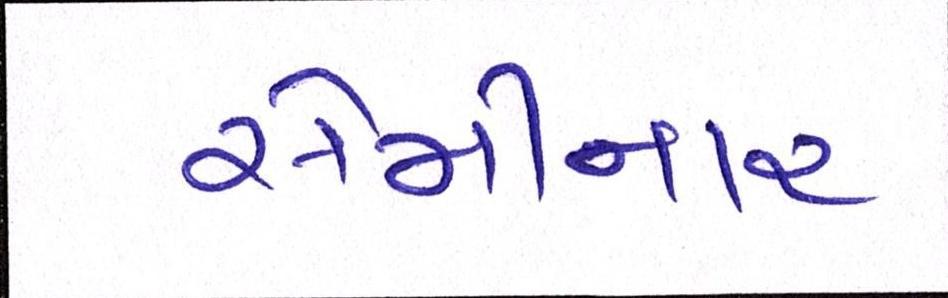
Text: સેમીનાર